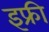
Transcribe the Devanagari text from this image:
इफ्री